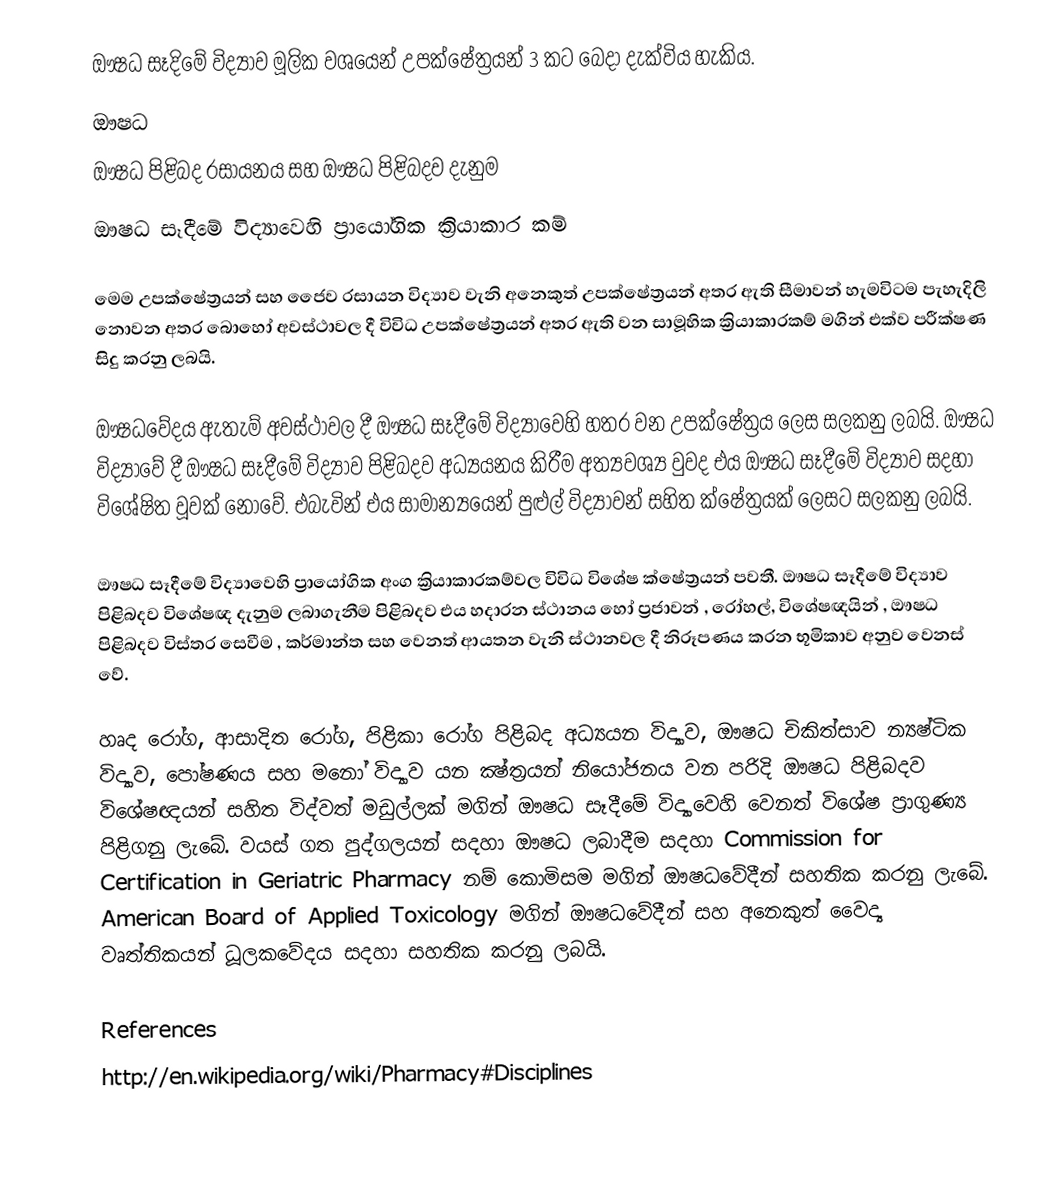
ඖෂධ සෑදිමේ විද්‍යාව මූලික වශයෙන් උපක්ෂේත්‍රයන් 3 කට බෙදා දැක්විය හැකිය.
	ඖෂධ
	ඖෂධ පිළිබද රසායනය සහ ඖෂධ පිළිබදව දැනුම
	ඖෂධ සෑදීමේ විද්‍යාවෙහි ප්‍රායෝගික ක්‍රියාකාර කම්

මෙම උපක්ෂේත්‍රයන් සහ ජෛව රසායන විද්‍යාව වැනි අනෙකුත් උපක්ෂේත්‍රයන් අතර ඇති සීමාවන් හැමවිටම පැහැදිලි නොවන අතර බොහෝ අවස්ථාවල දී විවිධ උපක්ෂේත්‍රයන් අතර ඇති වන සාමූහික ක්‍රියාකාරකම් මගින් එක්ව පරීක්ෂණ සිදු කරනු ලබයි.

ඖෂධවේදය ඇතැම් අවස්ථාවල දී ඖෂධ සෑදීමේ විද්‍යාවෙහි හතර වන උපක්ෂේත්‍රය ලෙස සලකනු ලබයි. ඖෂධ විද්‍යාවේ දී ඖෂධ සෑදීමේ විද්‍යාව පිළිබදව අධ්‍යයනය කිරීම අත්‍යවශ්‍ය වුවද එය ඖෂධ සෑදීමේ විද්‍යාව සදහා විශේෂිත වූවක් නොවේ. එබැවින් එය සාමාන්‍යයෙන්  පුළුල් විද්‍යාවන් සහිත ක්ෂේත්‍රයක් ලෙසට සලකනු ලබයි.

ඖෂධ සෑදීමේ විද්‍යාවෙහි ප්‍රායෝගික අංග ක්‍රියාකාරකම්වල විවිධ විශේෂ ක්ෂේත්‍රයන් පවතී. ඖෂධ සෑදීමේ විද්‍යාව පිළිබදව විශේෂඥ දැනුම ලබාගැනීම පිළිබදව එය හදාරන ස්ථානය හෝ  ප්‍රජාවන් , රෝහල්, විශේෂඥයින් , ඖෂධ පිළිබදව විස්තර සෙවීම , කර්මාන්ත සහ වෙනත් ආයතන වැනි ස්ථානවල දී නිරූපණය කරන භූමිකාව අනුව  වෙනස් වේ.

හෘද රෝග, ආසාදිත රෝග, පිළිකා රෝග පිළිබද අධ්‍යයන විද්‍යාව, ඖෂධ චිකිත්සාව න්‍යෂ්ටික විද්‍යාව, පෝෂණය සහ මනෝ විද්‍යාව යන ක්‍ෂ්ත්‍රයන් නියෝජනය වන පරිදි ඖෂධ පිළිබදව විශේෂඥයන් සහිත විද්වත් මඩුල්ලක් මගින් ඖෂධ සෑදීමේ විද්‍යාවෙහි වෙනත් විශේෂ ප්‍රාගුණ්‍ය පිළිගනු ලැබේ. වයස් ගත පුද්ගලයන් සදහා ඖෂධ ලබාදීම සදහා Commission for Certification in Geriatric Pharmacy නම් කොමිසම මගින් ඖෂධවේදීන් සහතික කරනු ලැබේ. American Board of Applied Toxicology මගින් ඖෂධවේදීන් සහ අනෙකුත් වෛද්‍ය වෘත්තිකයන් ධූලකවේදය සදහා සහතික කරනු ලබයි.

References
http://en.wikipedia.org/wiki/Pharmacy#Disciplines